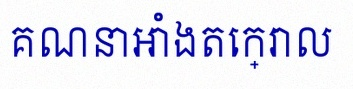
គណនាអាំងតេក្រាល